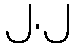
၂.၂